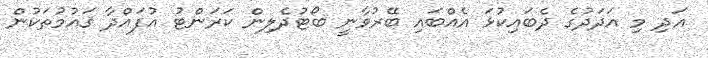
އަދި މި އަދަދުގެ ދެބައިކުޅަ އެއްބައި ބޭރުވާނީ ބޯޓުދެލިން ކަރަންޓު އުފައްދާ ޤައުމުތަކުން